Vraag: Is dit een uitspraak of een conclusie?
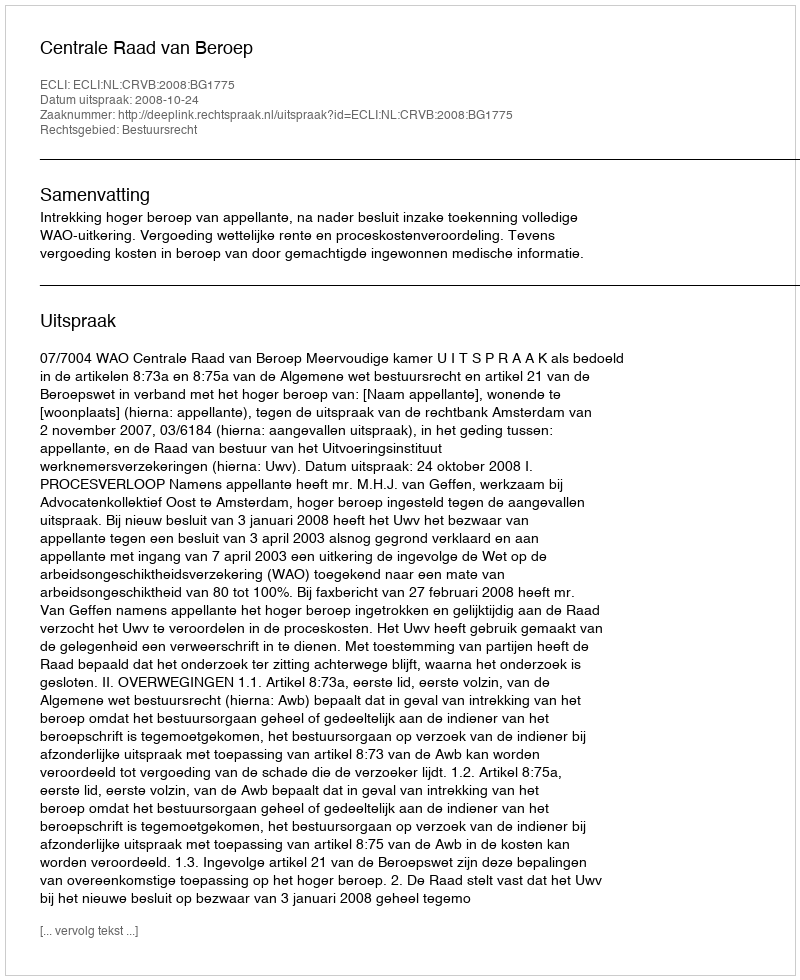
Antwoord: Uitspraak